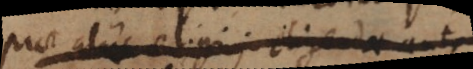
prae aliis eligi; eligendae autem